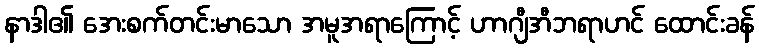
နာဒါ၏ အေးစက်တင်းမာသော အမူအရာကြောင့် ဟာဂျီအီဘရာဟင် ထောင်းခန်